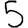
Digit: 5